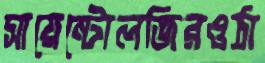
সায়েন্টোলজিরওঠা